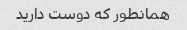
همانطور که دوست دارید